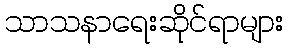
သာသနာရေးဆိုင်ရာများ